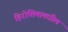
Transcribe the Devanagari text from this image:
हिरोशिमामधील